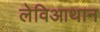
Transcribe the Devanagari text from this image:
लेविआथान